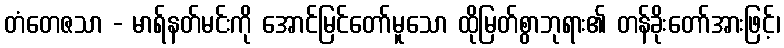
တံတေဇသာ - မာရ်နတ်မင်းကို အောင်မြင်တော်မူသော ထိုမြတ်စွာဘုရား၏ တန်ခိုးတော်အားဖြင့်၊